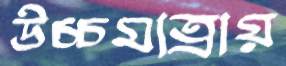
উচ্চমাত্রায়